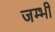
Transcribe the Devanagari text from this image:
जम्भी